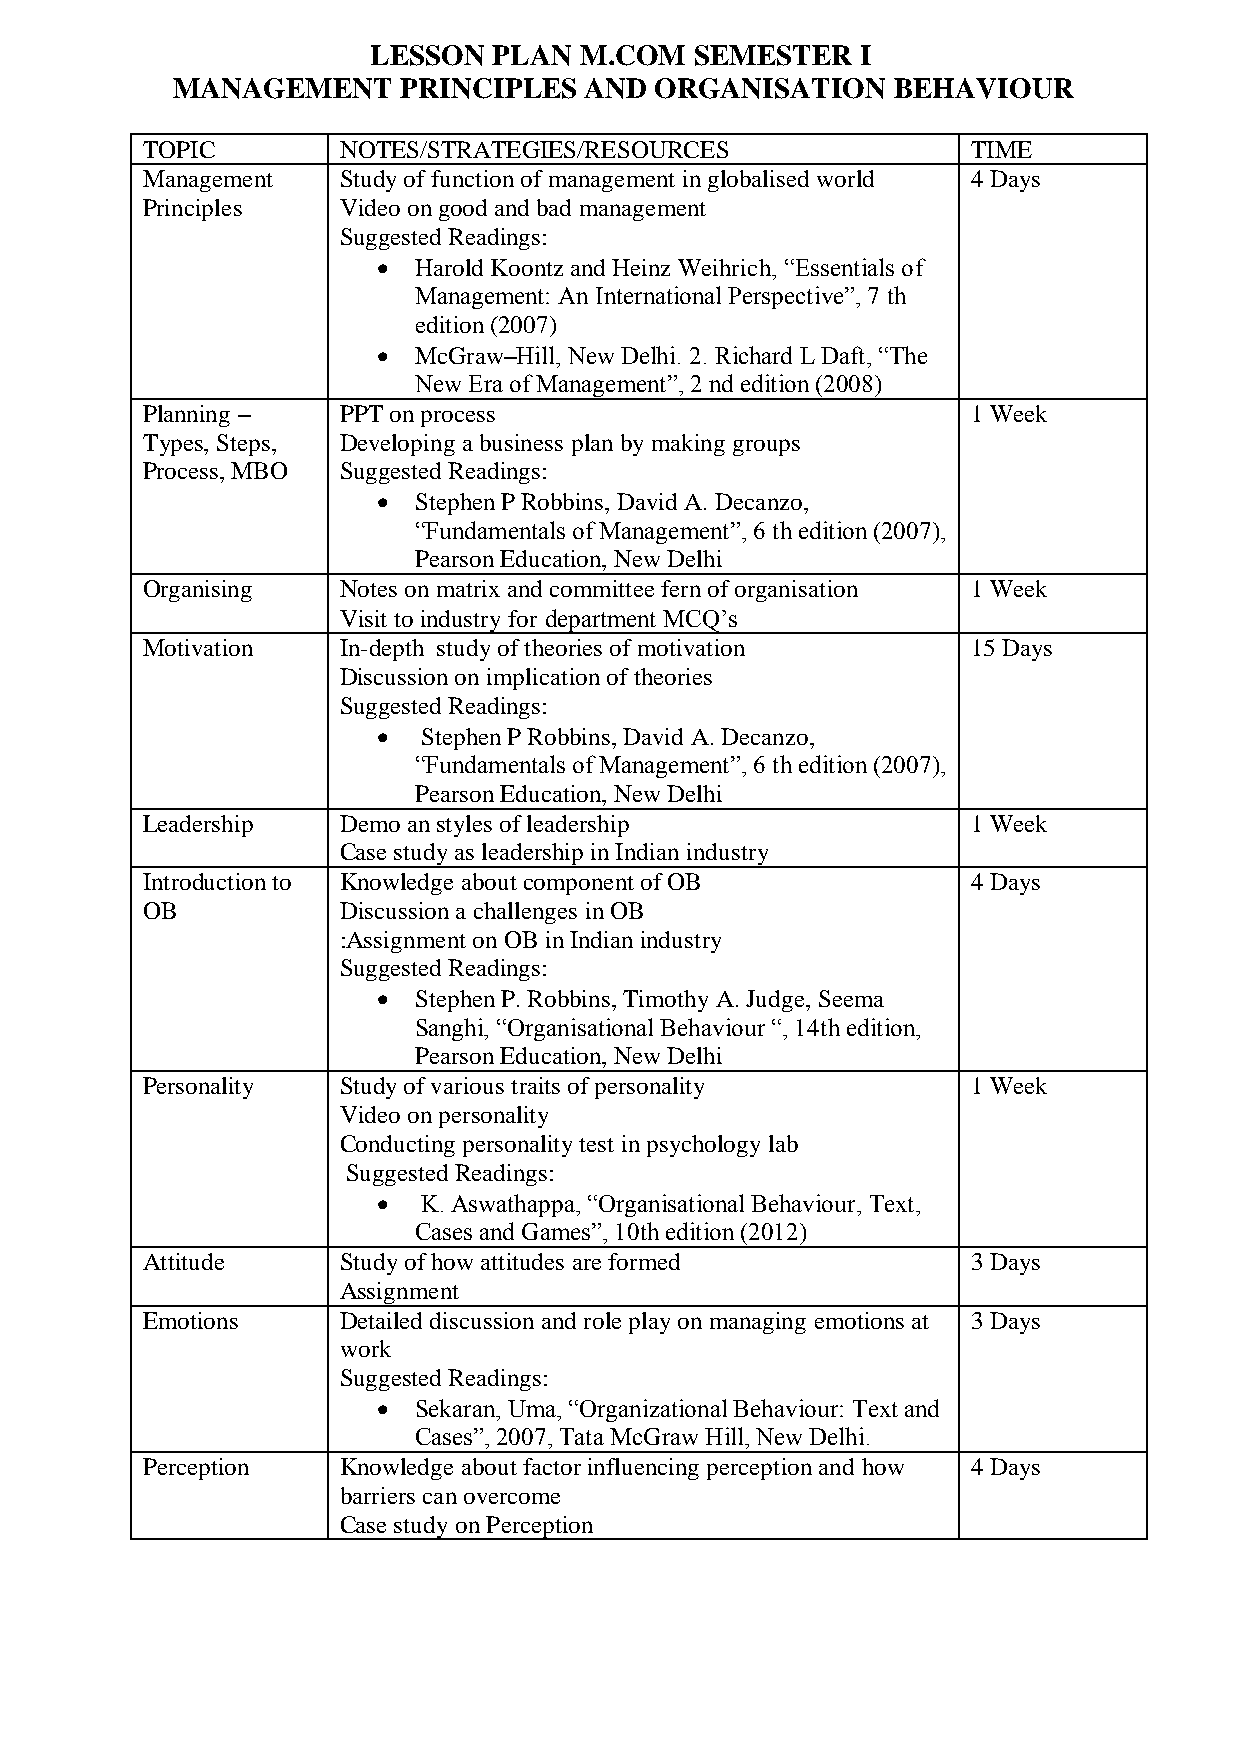
LESSON  PLAN M.COM   SEMESTER   I
 MANAGEMENT      PRINCIPLES  AND ORGANISATION    BEHAVIOUR
 TOPIC        NOTES/STRATEGIES/RESOURCES                TIME
 Management   Study of function of management in globalised world 4 Days
 Principles   Video on good and bad management
 Suggested Readings:
  Harold Koontz and Heinz Weihrich, “Essentials of
 Management: An International Perspective”, 7 th
 edition (2007)
  McGraw–Hill, New Delhi. 2. Richard L Daft, “The
 New Era of Management”, 2 nd edition (2008)
 Planning –   PPT on process                            1 Week
 Types, Steps, Developing a business plan by making groups
 Process, MBO Suggested Readings:
  Stephen P Robbins, David A. Decanzo,
 “Fundamentals of Management”, 6 th edition (2007),
 Pearson Education, New Delhi
 Organising   Notes on matrix and committee fern of organisation 1 Week
 Visit to industry for department MCQ’s
 Motivation   In-depth study of theories of motivation  15 Days
 Discussion on implication of theories
 Suggested Readings:
   Stephen P Robbins, David A. Decanzo,
 “Fundamentals of Management”, 6 th edition (2007),
 Pearson Education, New Delhi
 Leadership   Demo an styles of leadership              1 Week
 Case study as leadership in Indian industry
 Introduction to Knowledge about component of OB        4 Days
 OB           Discussion a challenges in OB
 :Assignment on OB in Indian industry
 Suggested Readings:
  Stephen P. Robbins, Timothy A. Judge, Seema
 Sanghi, “Organisational Behaviour “, 14th edition,
 Pearson Education, New Delhi
 Personality  Study of various traits of personality    1 Week
 Video on personality
 Conducting personality test in psychology lab
 Suggested Readings:
   K. Aswathappa, “Organisational Behaviour, Text,
 Cases and Games”, 10th edition (2012)
 Attitude     Study of how attitudes are formed         3 Days
 Assignment
 Emotions     Detailed discussion and role play on managing emotions at 3 Days
 work
 Suggested Readings:
  Sekaran, Uma, “Organizational Behaviour: Text and
 Cases”, 2007, Tata McGraw Hill, New Delhi.
 Perception   Knowledge about factor influencing perception and how 4 Days
 barriers can overcome
 Case study on Perception